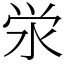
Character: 泶